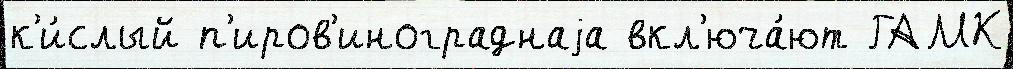
к'и́слый п'иров'инограднаjа вкл'юча́ют ГАМК